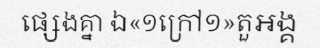
ផ្សេងគ្នា ឯ«១ក្រៅ១»តួអង្គ